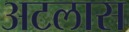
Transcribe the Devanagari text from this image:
अटलास